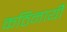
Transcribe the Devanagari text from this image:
कठिनायीँ